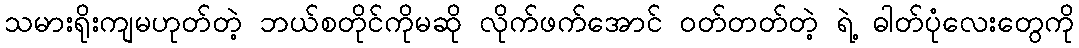
သမားရိုးကျမဟုတ်တဲ့ ဘယ်စတိုင်ကိုမဆို လိုက်ဖက်အောင် ဝတ်တတ်တဲ့ ရဲ့ ဓါတ်ပုံလေးတွေကို